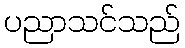
ပညာသင်သည်